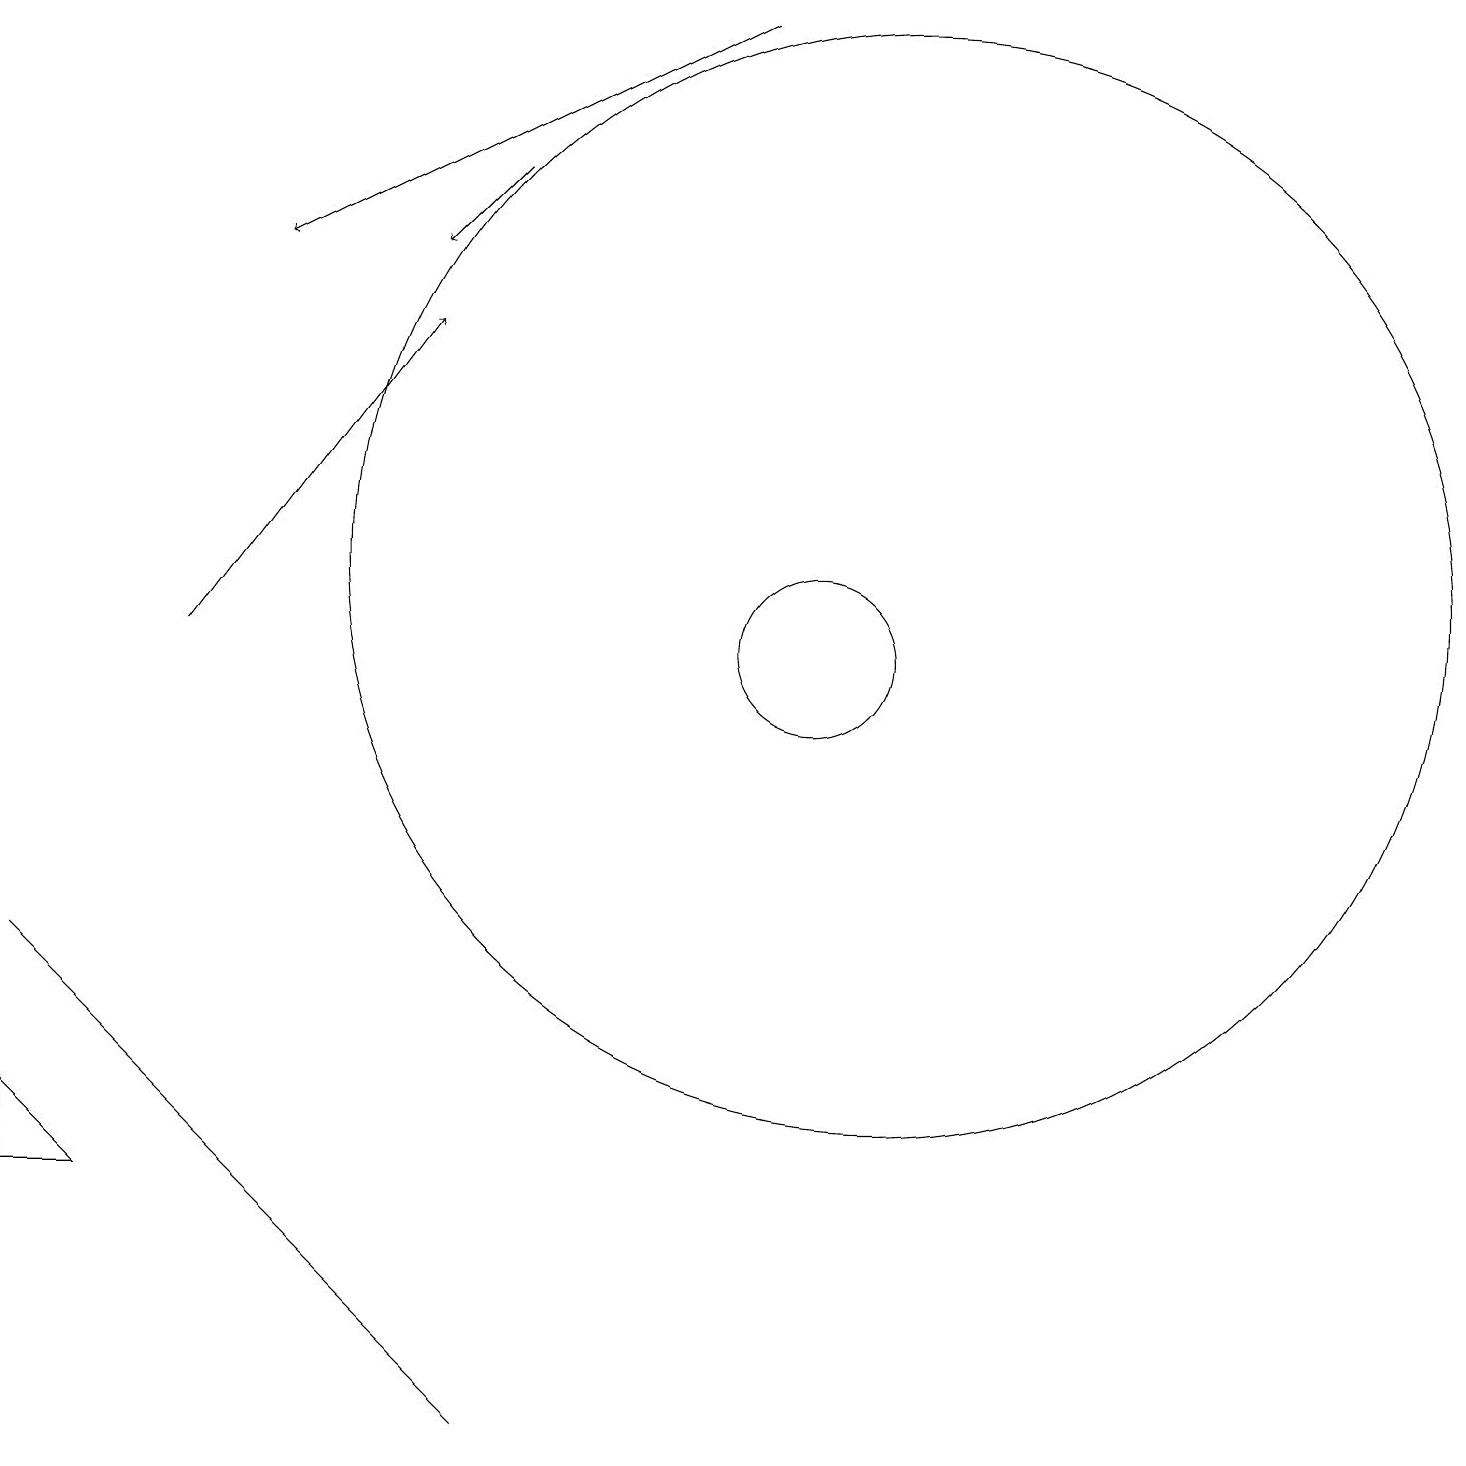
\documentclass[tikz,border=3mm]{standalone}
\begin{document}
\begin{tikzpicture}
\draw[->] (6,17) -- (5,16);
\draw (11,12) circle (7);
\draw (0,7) -- (0,7) -- (6,1) -- cycle;
\draw (10,11) circle (1);
\draw (0,4) -- (1,4) -- (0,5) -- cycle;
\draw[->] (9,19) -- (3,16);
\draw[->] (2,11) -- (5,15);
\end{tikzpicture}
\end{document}